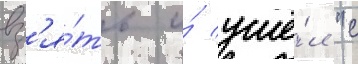
вз'я́ть и́ ушё́л "с